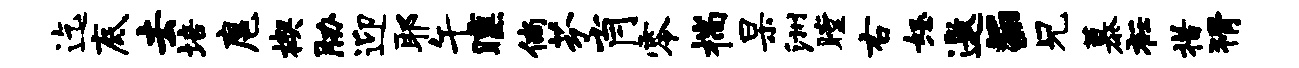
迄底去培扈楔胁迎耶午曛倘芬肖零揣杲洲瞠右怒邀E兄慕衽措猾